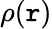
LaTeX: \rho(\mathtt{r})